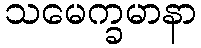
သမေက္ခမာနာ